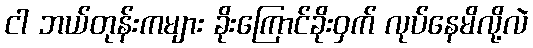
ငါ ဘယ်တုန်းကများ ခိုးကြောင်ခိုးဝှက် လုပ်နေမိလို့လဲ